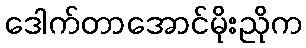
ဒေါက်တာအောင်မိုးညိုက